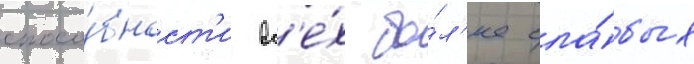
спосо́бност'и вс'е́х бо́л'ее сла́бых